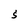
Character: S